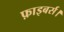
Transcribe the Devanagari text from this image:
फ़ाइबर्स।